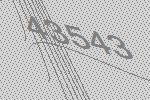
43543